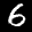
Label: 6